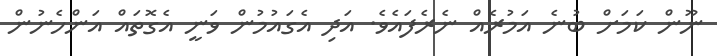
ނޫން ކަމަށް ބުނެ އަމުރެއް ނެރެފައެވެ. އަދި އެގައުމުން ވަނީ އެގޮތައް އަންހެނުން